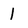
Character: 1